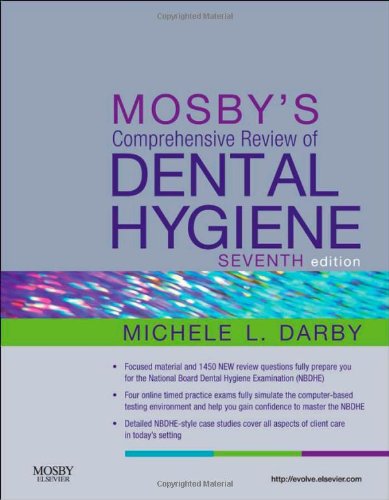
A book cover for Mosby's Comprehensive Review of Dental Hygiene, 7e; Michele Leonardi Darby BSDH  MS; Medical Books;